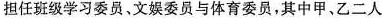
担任班级学习委员、文娱委员与体育委员，其中甲、乙二人